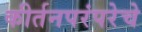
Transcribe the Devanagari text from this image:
कीर्तनपरंपरेचे